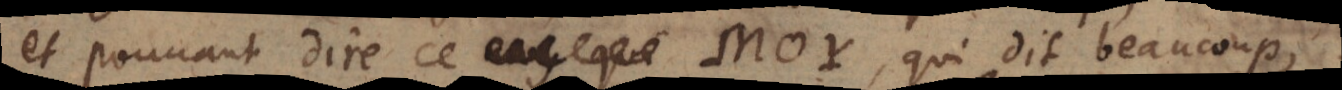
et pouvant dire ce, qui dit beaucoup,